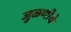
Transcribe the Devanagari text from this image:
जुळणीचे